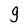
Character: g